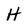
Character: H